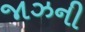
જાઝની